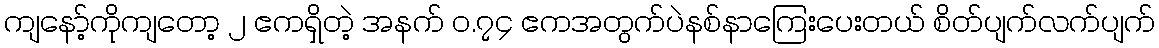
ကျနော့်ကိုကျတော့ ၂ ဧကရှိတဲ့ အနက် ဝ.၇၄ ဧကအတွက်ပဲနစ်နာကြေးပေးတယ် စိတ်ပျက်လက်ပျက်